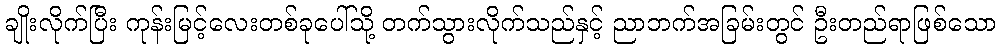
ချိုးလိုက်ပြီး ကုန်းမြင့်လေးတစ်ခုပေါ်သို့ တက်သွားလိုက်သည်နှင့် ညာဘက်အခြမ်းတွင် ဦးတည်ရာဖြစ်သော